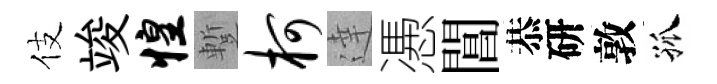
伎竣惶蹔柯達慿閶恭研敦孤